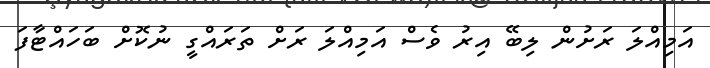
އަމިއްލަ ރަށުން ލިބޭ އިރު ވެސް އަމިއްލަ ރަށް ތަރައްގީ ނުކޮށް ބަހައްޓާފަ